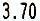
3.70